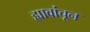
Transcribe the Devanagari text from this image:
ह्यावांचून